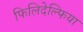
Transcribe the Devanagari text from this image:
फिलिदेल्फिया